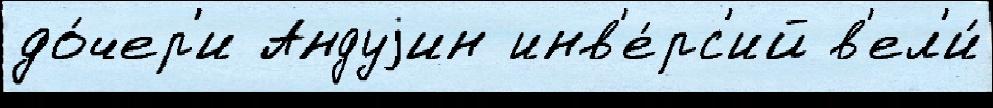
до́чер'и Андуjин инв'е́рс'ий в'ел'и́